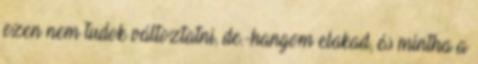
ezen nem tudok változtatni, de.-hangom elakad, és mintha a